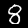
Label: 8